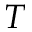
T